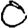
Digit: 0